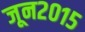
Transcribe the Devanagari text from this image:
जून२०१५